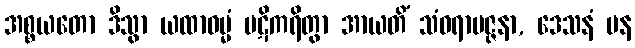
အစ္စယတော ဒိသွာ ယထာဓမ္မံ ပဋိကရိတွာ အာယတိံ သံဝရာပဇ္ဇနာ, ဒေသနံ ပန